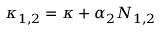
\kappa _ { 1 , 2 } = \kappa + \alpha _ { 2 } N _ { 1 , 2 }